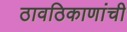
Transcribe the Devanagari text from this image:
ठावठिकाणांची